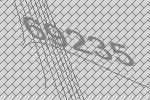
69235